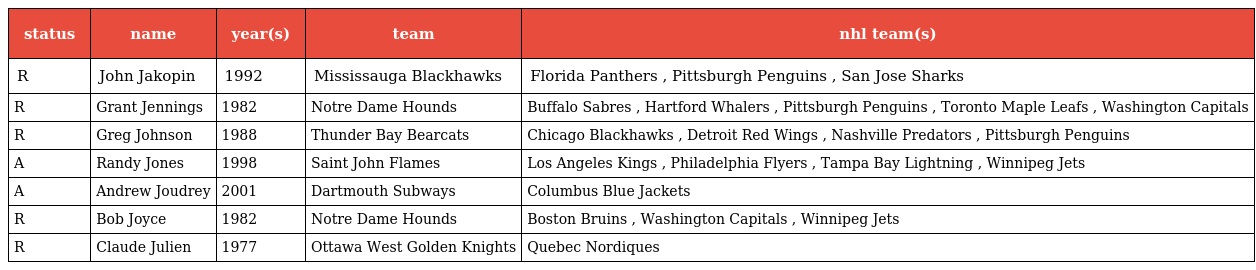
| status | name | year(s) | team | nhl team(s) |
 | --- | --- | --- | --- | --- |
 | R | John Jakopin | 1992 | Mississauga Blackhawks | Florida Panthers , Pittsburgh Penguins , San Jose Sharks |
 | R | Grant Jennings | 1982 | Notre Dame Hounds | Buffalo Sabres , Hartford Whalers , Pittsburgh Penguins , Toronto Maple Leafs , Washington Capitals |
 | R | Greg Johnson | 1988 | Thunder Bay Bearcats | Chicago Blackhawks , Detroit Red Wings , Nashville Predators , Pittsburgh Penguins |
 | A | Randy Jones | 1998 | Saint John Flames | Los Angeles Kings , Philadelphia Flyers , Tampa Bay Lightning , Winnipeg Jets |
 | A | Andrew Joudrey | 2001 | Dartmouth Subways | Columbus Blue Jackets |
 | R | Bob Joyce | 1982 | Notre Dame Hounds | Boston Bruins , Washington Capitals , Winnipeg Jets |
 | R | Claude Julien | 1977 | Ottawa West Golden Knights | Quebec Nordiques |